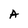
Character: A